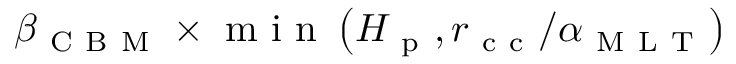
\beta _ { \mathrm { ~ C ~ B ~ M ~ } } \times \mathrm { ~ m ~ i ~ n ~ } \left( H _ { \mathrm { ~ p ~ } } , r _ { \mathrm { ~ c ~ c ~ } } / \alpha _ { \mathrm { ~ M ~ L ~ T ~ } } \right)